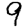
Digit: 9